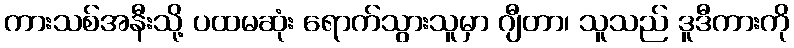
ကားသစ်အနီးသို့ ပထမဆုံး ရောက်သွားသူမှာ ဂျီတာ၊ သူသည် ဒူဒီကားကို